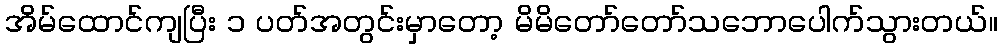
အိမ်ထောင်ကျပြီး ၁ ပတ်အတွင်းမှာတော့ မိမိတော်တော်သဘောပေါက်သွားတယ်။